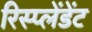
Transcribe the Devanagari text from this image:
रिस्प्लेंडेंट